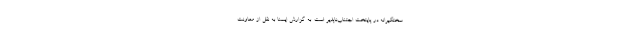
سختگیرانه در پایتخت اجتناب‌ناپذیر است. به گزارش ایسنا به نقل از معاونت